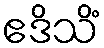
ဧဒိသိံ